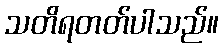
သတိရတတ်ပါသည်။